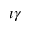
\imath \gamma